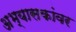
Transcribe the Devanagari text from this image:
अभ्यासकांवर